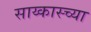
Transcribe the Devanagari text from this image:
साय्कास्च्या